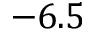
- 6 . 5